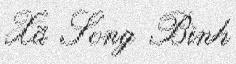
Xã Song Bình